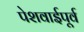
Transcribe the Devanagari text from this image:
पेशवाईपूर्व